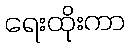
ရေးထိုးကာ